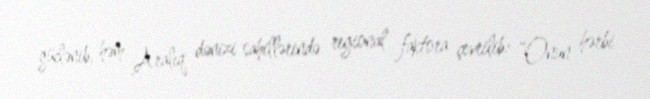
güclənib, həm Aralıq dənizi sahillərində regional faktora çevrilib: “Onun hərbi